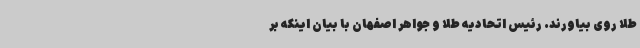
طلا روی بیاورند. رئیس اتحادیه طلا و جواهر اصفهان با بیان اینکه بر